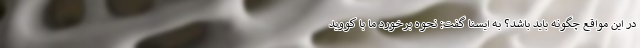
در این مواقع چگونه باید باشد؟ به ایسنا گفت: نحوه برخورد ما با کووید